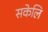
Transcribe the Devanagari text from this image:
सकेलि